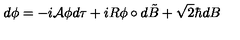
d \phi = - i { \cal A } \phi d \tau + i R \phi \circ d \tilde { B } + \sqrt { 2 } \hbar d B